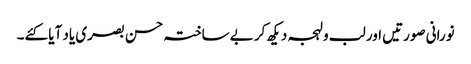
نورانی صورتیں اور لب و لہجہ دیکھ کر بے ساختہ حسن بصری یاد آیا کئے۔